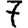
Digit: 7